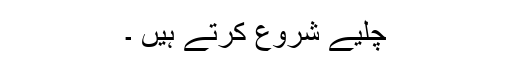
چلیے شروع کرتے ہیں ۔